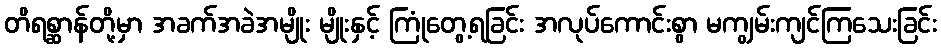
တိရစ္ဆာန်တို့မှာ အခက်အခဲအမျိုး မျိုးနှင့် ကြုံတွေ့ရခြင်း အလုပ်ကောင်းစွာ မကျွမ်းကျင်ကြသေးခြင်း